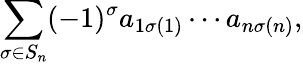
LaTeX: \sum_{\sigma\in S_{n}}(-1)^{\sigma}a_{1\sigma(1)}\cdots a_{n\sigma(n)},